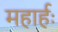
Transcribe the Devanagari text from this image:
महार्हः